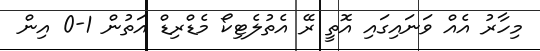
މިހާރު އެއް ވަނައިގައި އޮތީ ރޭ އެތުލެޓިކޯ މެޑްރިޑް އަތުން 1-0 އިން